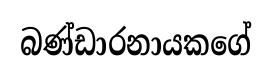
බණ්ඩාරනායකගේ